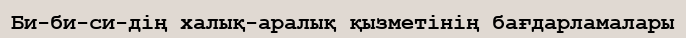
Би-би-си-дің халық-аралық қызметінің бағдарламалары